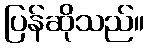
ပြန်ဆိုသည်။